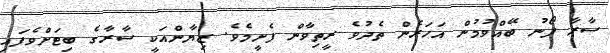
ސާރާ ފޯނު ބޭއްވުމުން އަހަރެން ތެދުވެ ރީތިވާން ފެށީމެވެ. ޒިޔާންއަކީ ސާރާގެ ބިޓަށްވެފައި